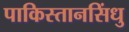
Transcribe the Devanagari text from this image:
पाकिस्तानसिंधु